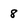
Character: 8